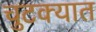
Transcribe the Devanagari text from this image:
चुटक्यात